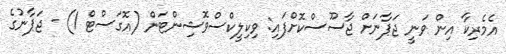
އެމެރިކާ އިން ވަނީ ޖަޕާނަށް ޖާސޫސްކޮށްފައި: ވިކިލީކްސްވޮޝިންޓަން (އޮގަސްޓް 1) - ޖަޕާނުގެ